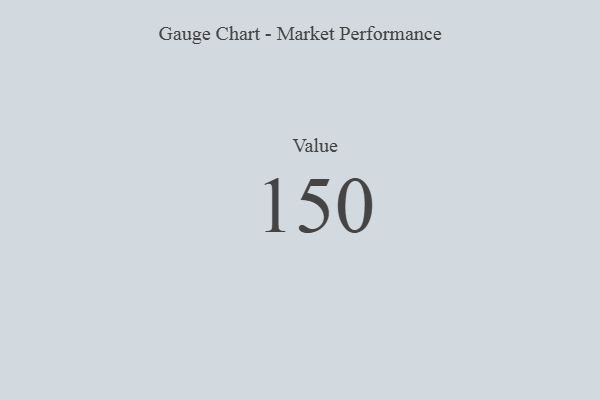
{"axis": {"x": "Metric", "y": "Value"}, "legend": [""], "data": [{"x": "Value", "y": 150, "type": ""}]}